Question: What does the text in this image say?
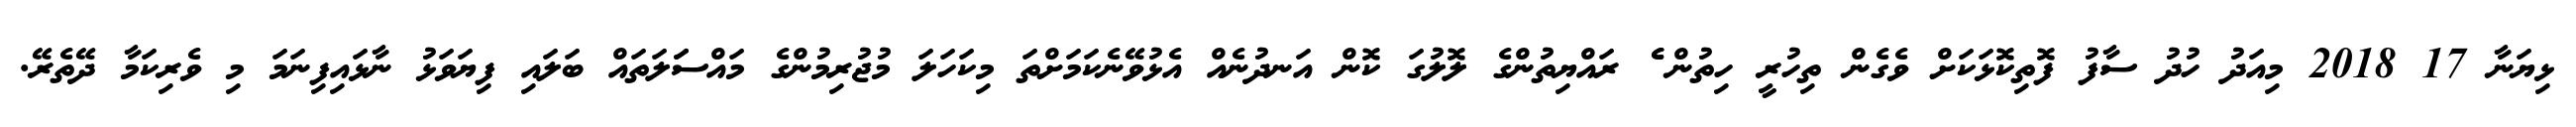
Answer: ޅިޔަނާ 17 2018 މިއަދު ހުދު ސާފު ފޮތިކޮޅަކަށް ވެގެން ތިހުރީ ހިތުން ެެ ރައްޔިތުންގެ ލޮލުގަ ކޮން އަނދުނެއް އެޅުވޭނެކަމަށްތަ މިކަހަލަ މުޖުރިމުންގެ މައްސަަލަތައް ބަލައި ފިޔަވަޅު ނާޅައިފިނަމަ މި ވެރިކަމާ ދޭތެރޭ.